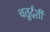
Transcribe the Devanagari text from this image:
चतुर्दर्शी